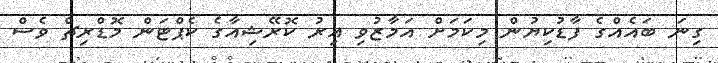
ގިނަ ބައެއްގެ ފާޑުކިޔުން މިކަމަށް އަމާޒުވި އިރު ކޮރޭޝިއާގެ ކެޕްޓަން މޮޑްރިޗް ވެސް